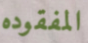
المفقوده